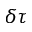
\delta \tau